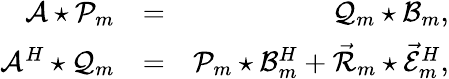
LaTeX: \begin{array}{rlr}{\mathcal{A}\star\mathcal{P}_{m}}&{=}&{\mathcal{Q}_{m}\star\mathcal{B}_{m},}\\ {\mathcal{A}^{H}\star\mathcal{Q}_{m}}&{=}&{\mathcal{P}_{m}\star\mathcal{B}_{m}^{H}+\vec{\mathcal{R}}_{m}\star\vec{\mathcal{E}}_{m}^{H},}\end{array}